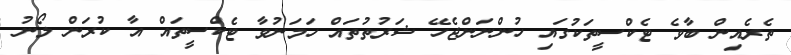
ތެރެއިން ބާވެ ޓެކްސީތަކުގައި ހުންނަންޖެހޭ ޝަރުތުތައް ހަމަނުވާ ޓެކްސީތައް އާ ކުރަން ލޯނު